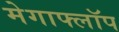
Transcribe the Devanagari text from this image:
मेगाफ्लॉप